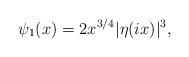
LaTeX: \begin{align*}\psi_1(x) = 2 x^{3/4} |\eta(i x)|^3,\end{align*}